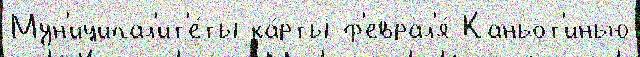
Мун'иципал'ит'е́ты ка́рты ф'еврал'я́ Каньот'инью